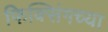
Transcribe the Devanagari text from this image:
फिक्सिंगच्या